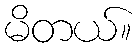
မိတယ်။